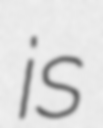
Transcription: is